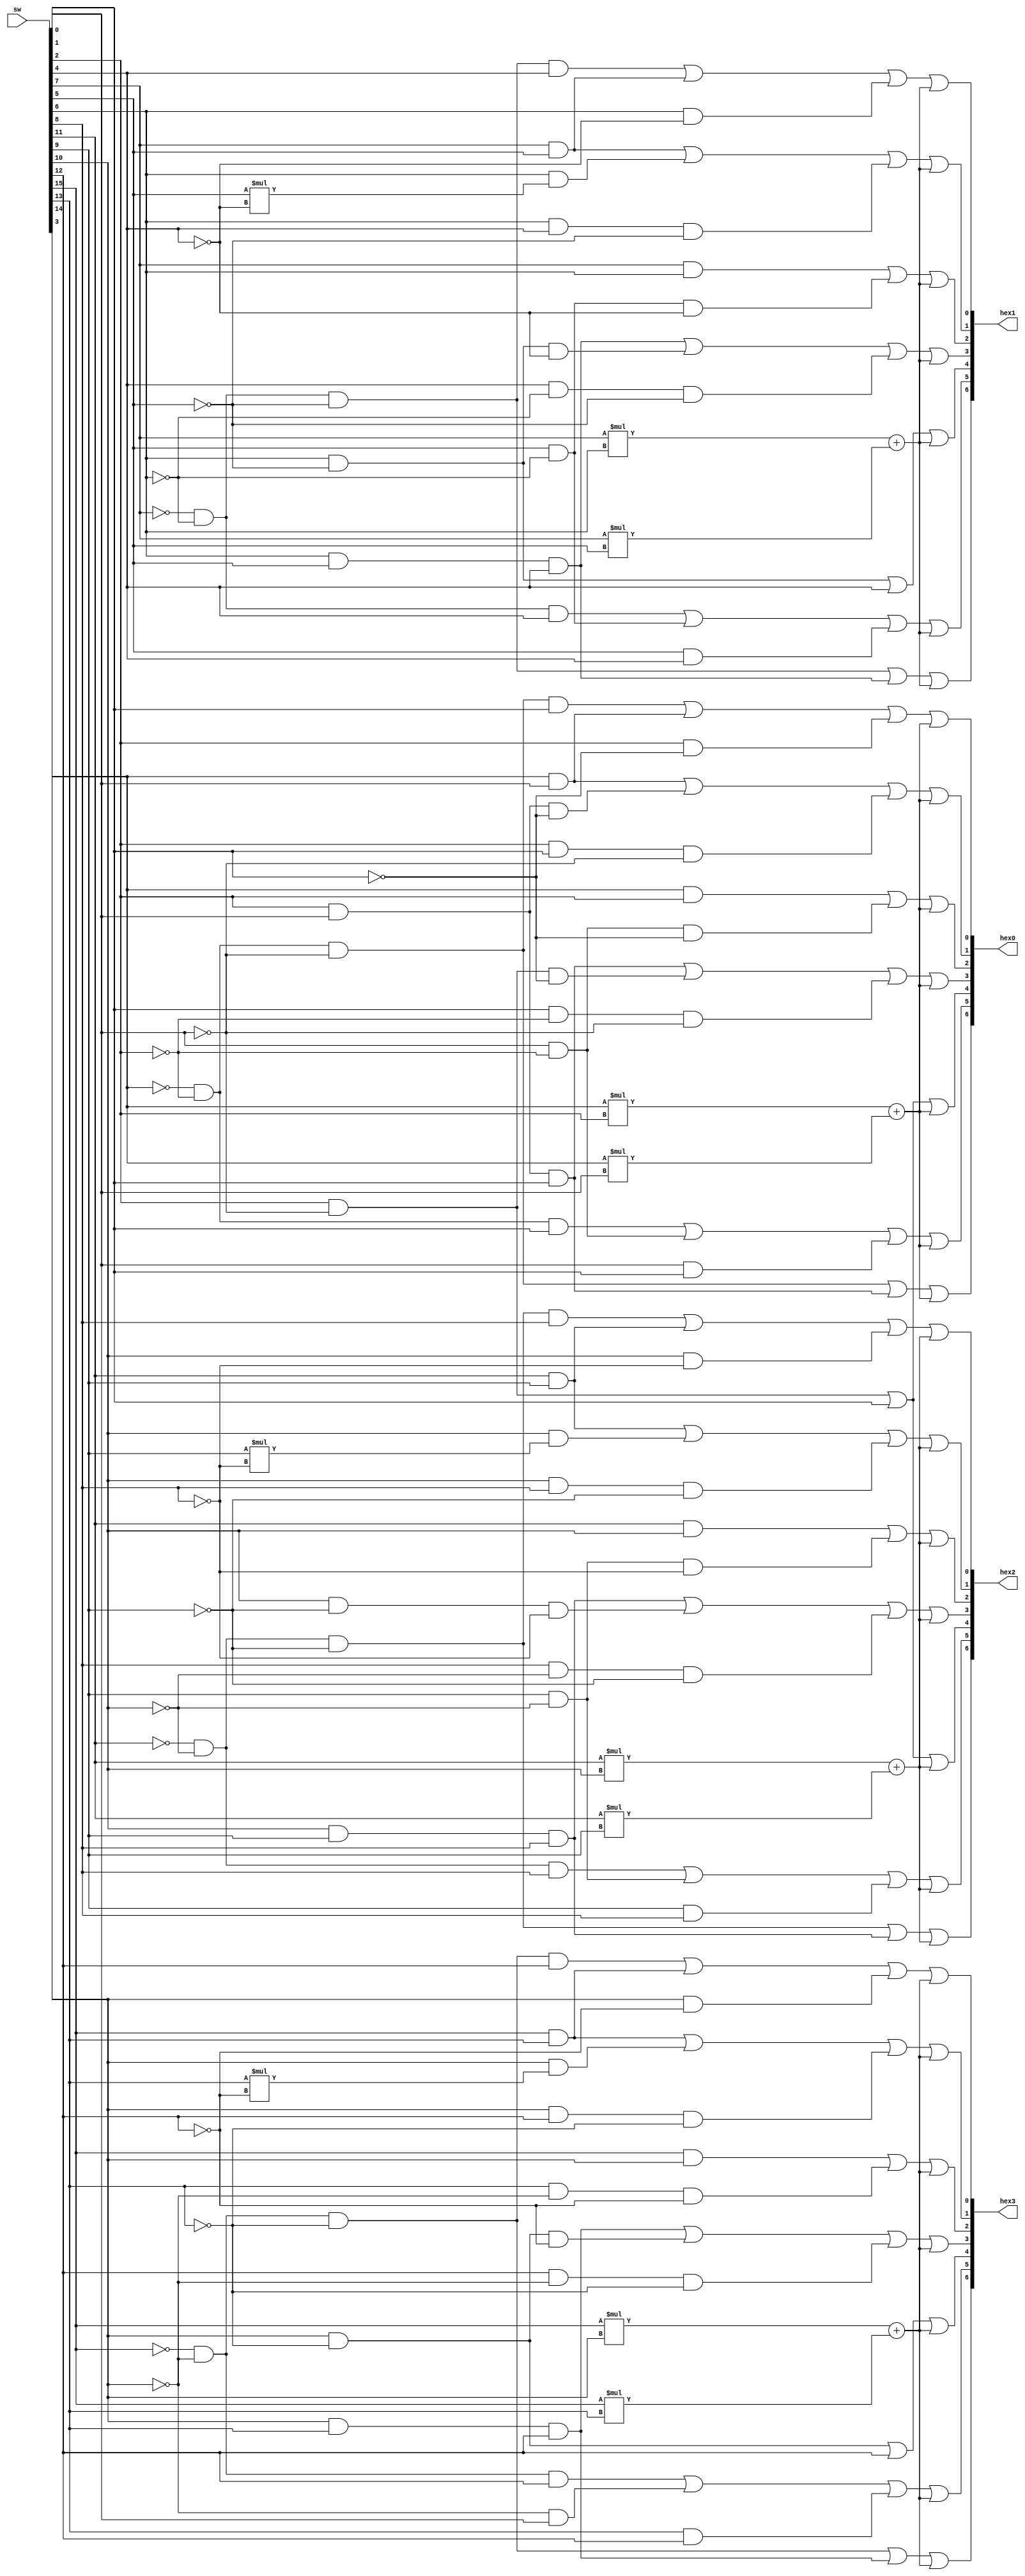
module ls47(input [15:0]sw,output [6:0] hex3,
                output [6:0] hex2,hex1,hex0); 
					 
//
//74ls471010-1111gfedcba=1111111,					 
assign hex0[0]=( (~sw[3])&(~sw[2])&(~sw[1])&sw[0] )|( sw[3]&sw[1] )| ( sw[2]&(~sw[0]))|(sw[3]*sw[2]+sw[3]*sw[1]);
assign hex0[1]=( sw[3]&sw[1]) | ( sw[2]&sw[1]&(~sw[0])) | ( sw[2]&sw[0]&(~sw[1]))|(sw[3]*sw[2]+sw[3]*sw[1]);
assign hex0[2]=( sw[3]&sw[2]) | ( sw[1]&(~sw[2])&(~sw[0]))|(sw[3]*sw[2]+sw[3]*sw[1]);
assign hex0[3]=( sw[2]&sw[1]&sw[0]) |( sw[2]&(~sw[1])&(~sw[0])) |( sw[0]&(~sw[2])&(~sw[1]))|(sw[3]*sw[2]+sw[3]*sw[1]);
assign hex0[4]=( sw[2]&(~sw[1])) | sw[0]|(sw[3]*sw[2]+sw[3]*sw[1]);
assign hex0[5]=( (~sw[3])&(~sw[2])&sw[0]) |( (~sw[2]&sw[1])) |( sw[1]&sw[0])|(sw[3]*sw[2]+sw[3]*sw[1]);
assign hex0[6]=( (~sw[3])&(~sw[2])&(~sw[1])) |( sw[2]&sw[1]&sw[0])|(sw[3]*sw[2]+sw[3]*sw[1]);
//4
assign hex1[0]=( (~sw[3+4])&(~sw[2+4])&(~sw[1+4])&sw[0+4] )|( sw[3+4]&sw[1+4] )| ( sw[2+4]&(~sw[0+4]))|(sw[3+4]*sw[2+4]+sw[3+4]*sw[1+4]);
assign hex1[1]=( sw[3+4]&sw[1+4]) | ( sw[2+4]&sw[1+4]*(~sw[0+4])) | ( sw[2+4]&sw[0+4]&(~sw[1+4]))|(sw[3+4]*sw[2+4]+sw[3+4]*sw[1+4]);
assign hex1[2]=( sw[3+4]&sw[2+4]) | ( sw[1+4]&(~sw[2+4])&(~sw[0+4]))|(sw[3+4]*sw[2+4]+sw[3+4]*sw[1+4]);
assign hex1[3]=( sw[2+4]&sw[1+4]&sw[0+4]) |( sw[2+4]&(~sw[1+4])&(~sw[0+4])) |( sw[0+4]&(~sw[2+4])&(~sw[1+4]))|(sw[3+4]*sw[2+4]+sw[3+4]*sw[1+4]);
assign hex1[4]=( sw[2+4]&(~sw[1+4])) | sw[0+4]|(sw[3+4]*sw[2+4]+sw[3+4]*sw[1+4]);
assign hex1[5]=( (~sw[3+4])&(~sw[2+4])&sw[0+4]) |( (~sw[2+4]&sw[1+4])) |( sw[1+4]&sw[0+4])|(sw[3+4]*sw[2+4]+sw[3+4]*sw[1+4]);
assign hex1[6]=( (~sw[3+4])&(~sw[2+4])&(~sw[1+4])) |( sw[2+4]&sw[1+4]&sw[0+4])|(sw[3+4]*sw[2+4]+sw[3+4]*sw[1+4]);
//4
assign hex2[0]=( (~sw[3+8])&(~sw[2+8])&(~sw[1+8])&sw[0+8] )|( sw[3+8]&sw[1+8] )| ( sw[2+8]&(~sw[0+8]))|(sw[3+8]*sw[2+8]+sw[3+8]*sw[1+8]);
assign hex2[1]=( sw[3+8]&sw[1+8]) | ( sw[2+8]&sw[1+8]*(~sw[0+8])) | ( sw[2+8]&sw[0+8]&(~sw[1+8]))|(sw[3+8]*sw[2+8]+sw[3+8]*sw[1+8]);
assign hex2[2]=( sw[3+8]&sw[2+8]) | ( sw[1+8]&(~sw[2+8])&(~sw[0+8]))|(sw[3+8]*sw[2+8]+sw[3+8]*sw[1+8]);
assign hex2[3]=( sw[2+8]&sw[1+8]&sw[0+8]) |( sw[2+8]&(~sw[1+8])&(~sw[0+8])) |( sw[0+8]&(~sw[2+8])&(~sw[1+8]))|(sw[3+8]*sw[2+8]+sw[3+8]*sw[1+8]);
assign hex2[4]=( sw[2]&(~sw[1])) | sw[0]|(sw[3+8]*sw[2+8]+sw[3+8]*sw[1+8]);
assign hex2[5]=( (~sw[3+8])&(~sw[2+8])&sw[0+8]) |( (~sw[2+8]&sw[1+8])) |( sw[1+8]&sw[0+8])|(sw[3+8]*sw[2+8]+sw[3+8]*sw[1+8]);
assign hex2[6]=( (~sw[3+8])&(~sw[2+8])&(~sw[1+8])) |( sw[2+8]&sw[1+8]&sw[0+8])|(sw[3+8]*sw[2+8]+sw[3+8]*sw[1+8]);
//4
assign hex3[0]=( (~sw[3+12])&(~sw[2+12])&(~sw[1+12])&sw[0+12] )|( sw[3+12]&sw[1+12] )| ( sw[2+12]&(~sw[0+12]))|(sw[3+12]*sw[2+12]+sw[3+12]*sw[1+12]);
assign hex3[1]=( sw[3+12]&sw[1+12]) | ( sw[2+12]&sw[1+12]*(~sw[0+12])) | ( sw[2+12]&sw[0+12]&(~sw[1+12]))|(sw[3+12]*sw[2+12]+sw[3+12]*sw[1+12]);
assign hex3[2]=( sw[3+12]&sw[2+12]) | ( sw[1+12]&(~sw[2+12])&(~sw[0+12]))|(sw[3+12]*sw[2+12]+sw[3+12]*sw[1+12]);
assign hex3[3]=( sw[2+12]&sw[1+12]&sw[0+12]) |( sw[2+12]&(~sw[1+12])&(~sw[0+12])) |( sw[0+12]&(~sw[2+12])&(~sw[1+12]))|(sw[3+12]*sw[2+12]+sw[3+12]*sw[1+12]);
assign hex3[4]=( sw[2+12]&(~sw[1+12])) | sw[0+12]|(sw[3+12]*sw[2+12]+sw[3+12]*sw[1+12]);
assign hex3[5]=( (~sw[3+12])&(~sw[2+12])&sw[0+12]) |( (~sw[2+12]&sw[1])) |( sw[1+12]&sw[0+12])|(sw[3+12]*sw[2+12]+sw[3+12]*sw[1+12]);
assign hex3[6]=( (~sw[3+12])&(~sw[2+12])&(~sw[1+12])) |( sw[2+12]&sw[1+12]&sw[0+12])|(sw[3+12]*sw[2+12]+sw[3+12]*sw[1+12]);
endmodule